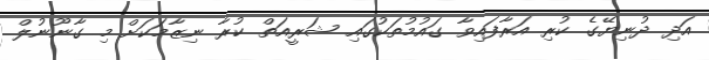
އަދި ދުނިޔޭގެ ކުރި އަރާފައިވާ ގައުމުތަކުގައި ޝަރީއަތް ކުރާ ނިޒާމަކަށް މި ގާނޫނުލް